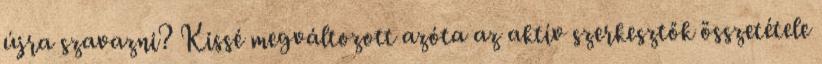
újra szavazni? Kissé megváltozott azóta az aktív szerkesztők összetétele